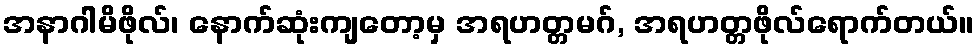
အနာဂါမိဖိုလ်၊ နောက်ဆုံးကျတော့မှ အရဟတ္တမဂ်, အရဟတ္တဖိုလ်ရောက်တယ်။